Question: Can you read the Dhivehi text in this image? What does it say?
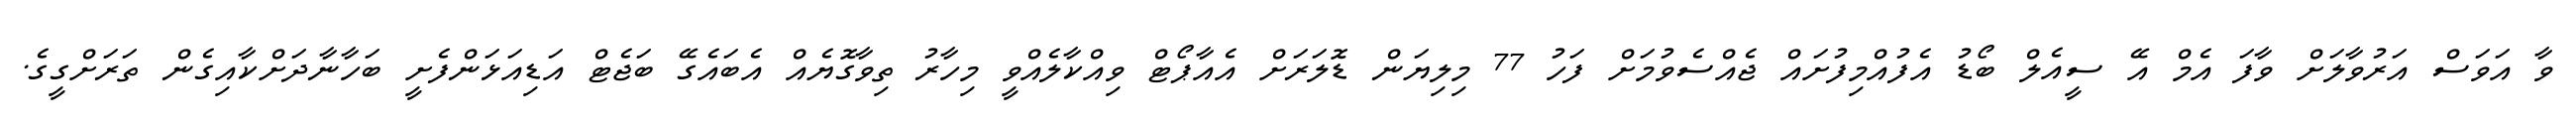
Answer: ވާ އަވަސް އަރުވާލަށް ވާފަ އެމް އޭ ސީއެލް ބޯޑު އެފުއްމިފުށައް ޖެއްސެވުމަށް ފަހު 77 މިލިޔަން ޑޮލަރަށް އެއާޕޯޓް ވިއްކާލެއްވީ މިހާރު ތިވާގޮޔެއް އެބައެގޭ ބަޖެޓް އަޑިއަޅަންފެށީ ބަހާނާދަށްކާއިގެން ތަރަށްގީގެ.